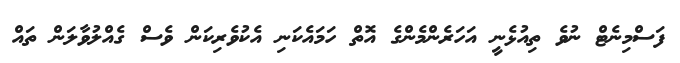
ފަސްމިނެޓް ނުވެ ތިއުޅެނީ އަހަރެންމެންގެ އޮތް ހަމައެކަނި އެކުވެރިކަން ވެސް ގެއްލުވާާލަން ތައް